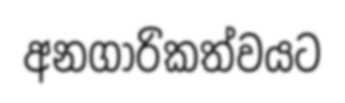
අනගාරිකත්වයට